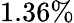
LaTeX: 1.36\%